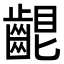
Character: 𪘟